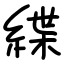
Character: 緤